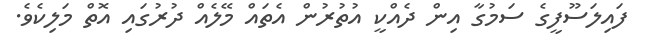
ފައިލަސޫފީގެ ސަމުގާ އިން ދެއްކީ އުތުރުން އެތައް މޭލެއް ދުރުގައި އޮތް މަލިކެވެ.